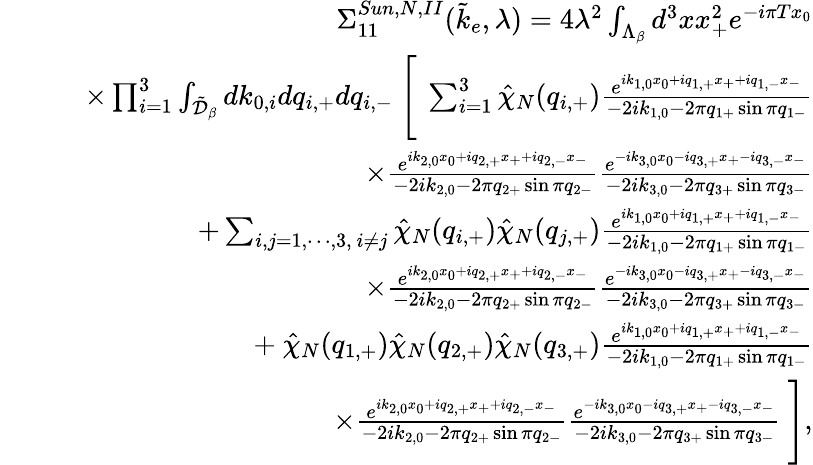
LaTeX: \begin{array}{rlr}&{}&{\Sigma_{11}^{Sun,N,II}(\tilde{k}_{e},\lambda)=4\lambda^{2}\int_{\Lambda_{\beta}}d^{3}xx_{+}^{2}e^{-i\pi Tx_{0}}}\\ &{}&{\quad\times\prod_{i=1}^{3}\int_{\tilde{\cal D}_{\beta}}dk_{0,i}dq_{i,+}dq_{i,-}\ \Bigg[\ \sum_{i=1}^{3}\hat{\chi}_{N}(q_{i,+})\frac{e^{ik_{1,0}x_{0}+iq_{1,+}x_{+}+iq_{1,-}x_{-}}}{-2ik_{1,0}-2\pi q_{1+}\sin\pi q_{1-}}}\\ &{}&{\quad\quad\quad\quad\quad\times\frac{e^{ik_{2,0}x_{0}+iq_{2,+}x_{+}+iq_{2,-}x_{-}}}{-2ik_{2,0}-2\pi q_{2+}\sin\pi q_{2-}}\frac{e^{-ik_{3,0}x_{0}-iq_{3,+}x_{+}-iq_{3,-}x_{-}}}{-2ik_{3,0}-2\pi q_{3+}\sin\pi q_{3-}}}\\ &{}&{\quad\quad\quad+\sum_{i,j=1,\cdots,3,\ i\neq j}\hat{\chi}_{N}(q_{i,+})\hat{\chi}_{N}(q_{j,+})\frac{e^{ik_{1,0}x_{0}+iq_{1,+}x_{+}+iq_{1,-}x_{-}}}{-2ik_{1,0}-2\pi q_{1+}\sin\pi q_{1-}}}\\ &{}&{\quad\quad\quad\quad\quad\times\frac{e^{ik_{2,0}x_{0}+iq_{2,+}x_{+}+iq_{2,-}x_{-}}}{-2ik_{2,0}-2\pi q_{2+}\sin\pi q_{2-}}\frac{e^{-ik_{3,0}x_{0}-iq_{3,+}x_{+}-iq_{3,-}x_{-}}}{-2ik_{3,0}-2\pi q_{3+}\sin\pi q_{3-}}}\\ &{}&{\quad\quad\quad+\ \hat{\chi}_{N}(q_{1,+})\hat{\chi}_{N}(q_{2,+})\hat{\chi}_{N}(q_{3,+})\frac{e^{ik_{1,0}x_{0}+iq_{1,+}x_{+}+iq_{1,-}x_{-}}}{-2ik_{1,0}-2\pi q_{1+}\sin\pi q_{1-}}}\\ &{}&{\quad\quad\quad\quad\quad\times\frac{e^{ik_{2,0}x_{0}+iq_{2,+}x_{+}+iq_{2,-}x_{-}}}{-2ik_{2,0}-2\pi q_{2+}\sin\pi q_{2-}}\frac{e^{-ik_{3,0}x_{0}-iq_{3,+}x_{+}-iq_{3,-}x_{-}}}{-2ik_{3,0}-2\pi q_{3+}\sin\pi q_{3-}}\ \Bigg],}\end{array}